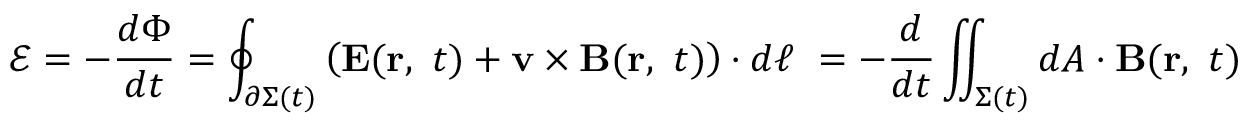
{ \mathcal { E } } = - { \frac { d \Phi } { d t } } = \oint _ { \partial \Sigma ( t ) } \left( \mathbf { E } ( \mathbf { r } , \ t ) + \mathbf { v } \times \mathbf { B } ( \mathbf { r } , \ t ) \right) \cdot d { \boldsymbol { \ell } } \ = - { \frac { d } { d t } } \iint _ { \Sigma ( t ) } d { \boldsymbol { A } } \cdot \mathbf { B } ( \mathbf { r } , \ t )